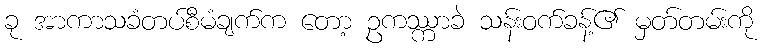
ခု အာကာသခံတပ်စီမံချက်က တော့ ဥကဿ္ကာခဲ သန်းဝက်ခန့်၏ မှတ်တမ်းကို